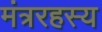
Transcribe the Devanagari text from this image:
मंत्ररहस्य